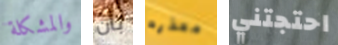
والمشكلة بأن معذره احتجتني